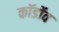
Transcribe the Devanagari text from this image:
कॉर्डोव